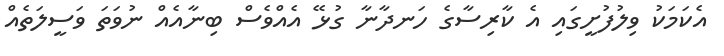
އެކަމަކު ވިލުފުށީގައި އެ ކާރިސާގެ ހަނދާނާ ގުޅޭ އެއްވެސް ބިނާއެއް ނުވަތަ ވަސީލަތެއް